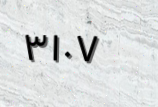
٣١٠٧